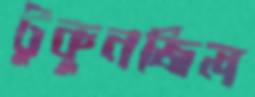
টুকুনজিল